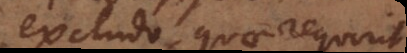
excludo, quae requirit